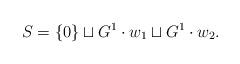
LaTeX: \begin{align*} S = \{0\}\sqcup G^1 \cdot w_1 \sqcup G^1 \cdot w_2.\end{align*}